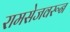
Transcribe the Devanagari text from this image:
रामसेजवरून